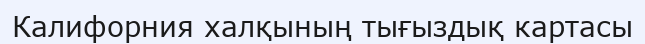
Калифорния халқының тығыздық картасы